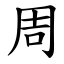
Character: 周